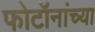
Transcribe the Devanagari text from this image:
फोटॉनांच्या